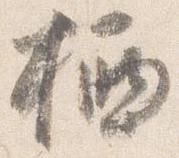
栖